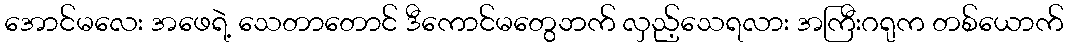
အောင်မလေး အဖေရဲ့ သေတာတောင် ဒီကောင်မတွေဘက် လှည့်သေရလား အကြီးဂရုက တစ်ယောက်